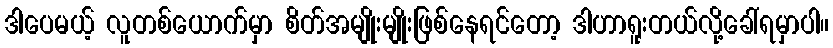
ဒါပေမယ့် လူတစ်ယောက်မှာ စိတ်အမျိုးမျိုးဖြစ်နေရင်တော့ ဒါဟာရူးတယ်လို့ခေါ်ရမှာပါ။